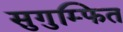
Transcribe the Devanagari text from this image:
सुगुम्फित